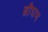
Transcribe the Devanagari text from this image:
ब्रौघम